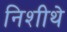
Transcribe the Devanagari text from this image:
निशीथे